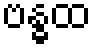
ဗန္ဓထ